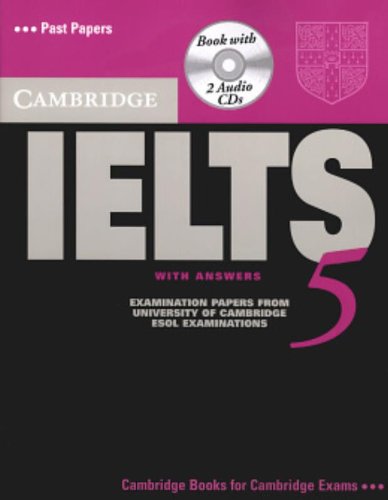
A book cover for Camb IELTS 5 Self Study Pack Self Study Pack (IELTS Practice Tests); Cambridge ESOL; Education & Teaching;